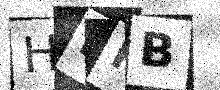
Text: HLFB